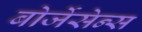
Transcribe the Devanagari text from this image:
बोर्जेसेन्स